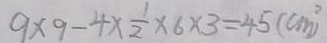
9 \times 9 - 4 \times \frac { 1 } { 2 } \times 6 \times 3 = 4 5 ( c m ^ { 2 } )